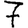
Digit: 7